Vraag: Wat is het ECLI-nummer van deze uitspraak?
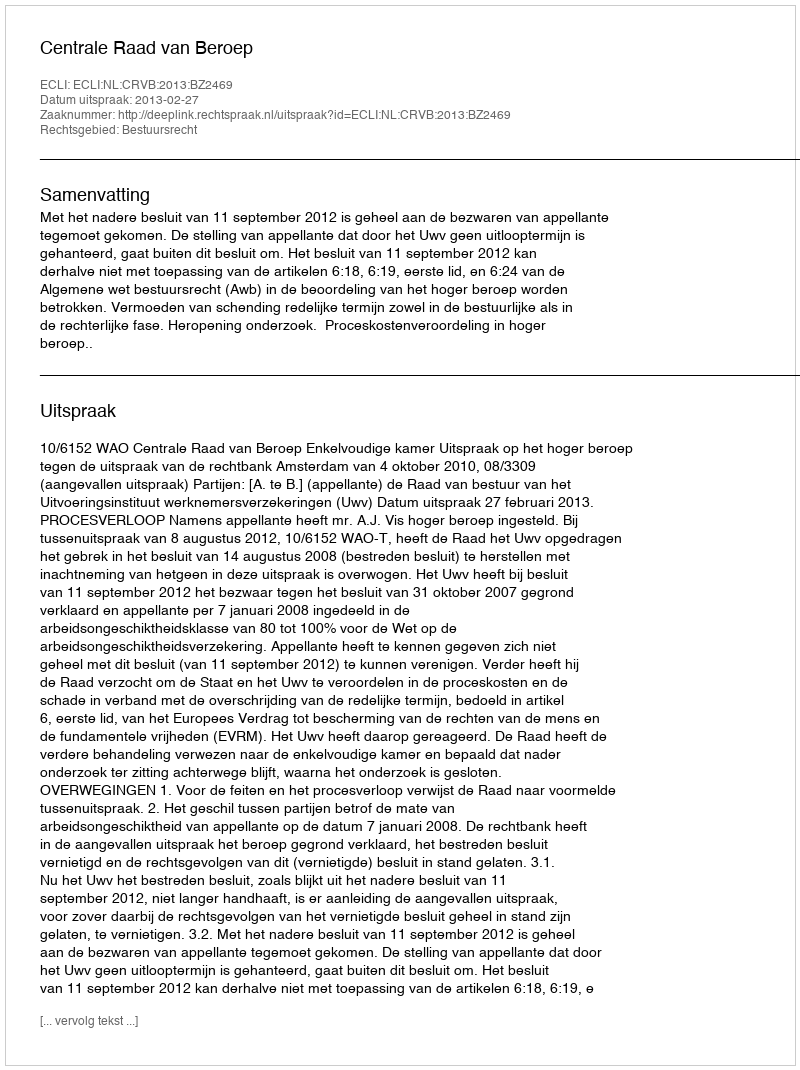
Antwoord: ECLI:NL:CRVB:2013:BZ2469